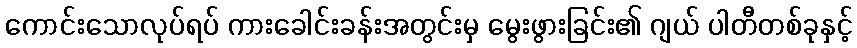
ကောင်းသောလုပ်ရပ် ကားခေါင်းခန်းအတွင်းမှ မွေးဖွားခြင်း၏ ဂျယ် ပါတီတစ်ခုနှင့်